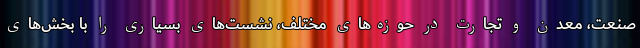
صنعت، معدن و تجارت در حوزه‌های مختلف، نشست‌های بسیاری را با بخش‌های